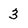
Character: 3